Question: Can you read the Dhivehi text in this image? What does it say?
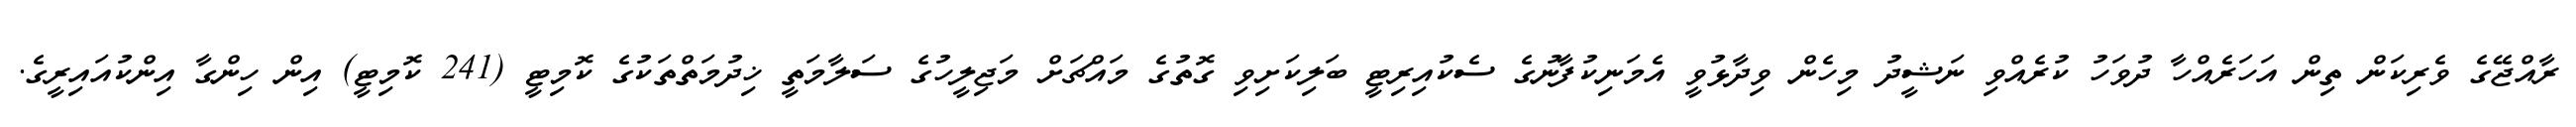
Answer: ރާއްޖޭގެ ވެރިކަން ތިން އަހަރެއްހާ ދުވަހު ކުރެއްވި ނަޝީދު މިހެން ވިދާޅުވީ އެމަނިކުފާނުގެ ސެކުއިރިޓީ ބަލިކަށިވި ގޮތުގެ މައްޗަށް މަޖިލީހުގެ ސަލާމަތީ ޚިދުމަތްތަކުގެ ކޮމިޓީ (241 ކޮމިޓީ) އިން ހިންގާ އިންކުއައިރީގެ.